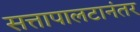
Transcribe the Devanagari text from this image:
सत्तापालटानंतर